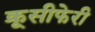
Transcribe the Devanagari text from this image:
क्रूसीफेरी